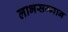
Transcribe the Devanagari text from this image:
लाभसम्मान